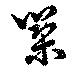
築